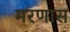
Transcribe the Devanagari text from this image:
मरणास